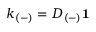
k _ { ( - ) } = D _ { ( - ) } \mathbf { 1 }